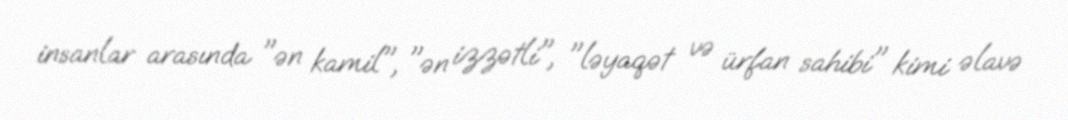
insanlar arasında "ən kamil", "ən izzətli", "ləyaqət və ürfan sahibi" kimi əlavə